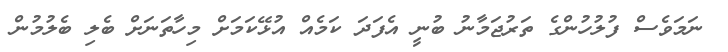
ނަމަވެސް ފުލުހުންގެ ތަރުޖަމާނު ބުނީ އެފަދަ ކަމެއް އުޅޭކަމަށް މިހާތަނަށް ބެލި ބެލުމުން